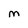
Character: M